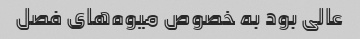
عالی بود به خصوص میوه‌های فصل